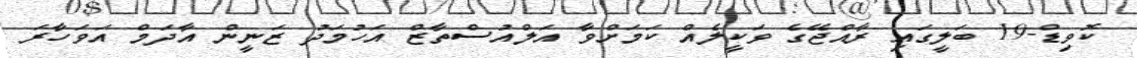
ކޮވިޑް-19 ބަލީގައި ރާއްޖޭގެ ވަކީލެއް ކަމަށްވާ އަލްއުސްތާޒް އަހުމަދު ޒަނީން އާދަމް އަވަހާރަ